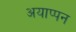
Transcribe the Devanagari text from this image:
अयाप्पन